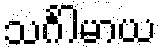
သင်္ဂါမာယ